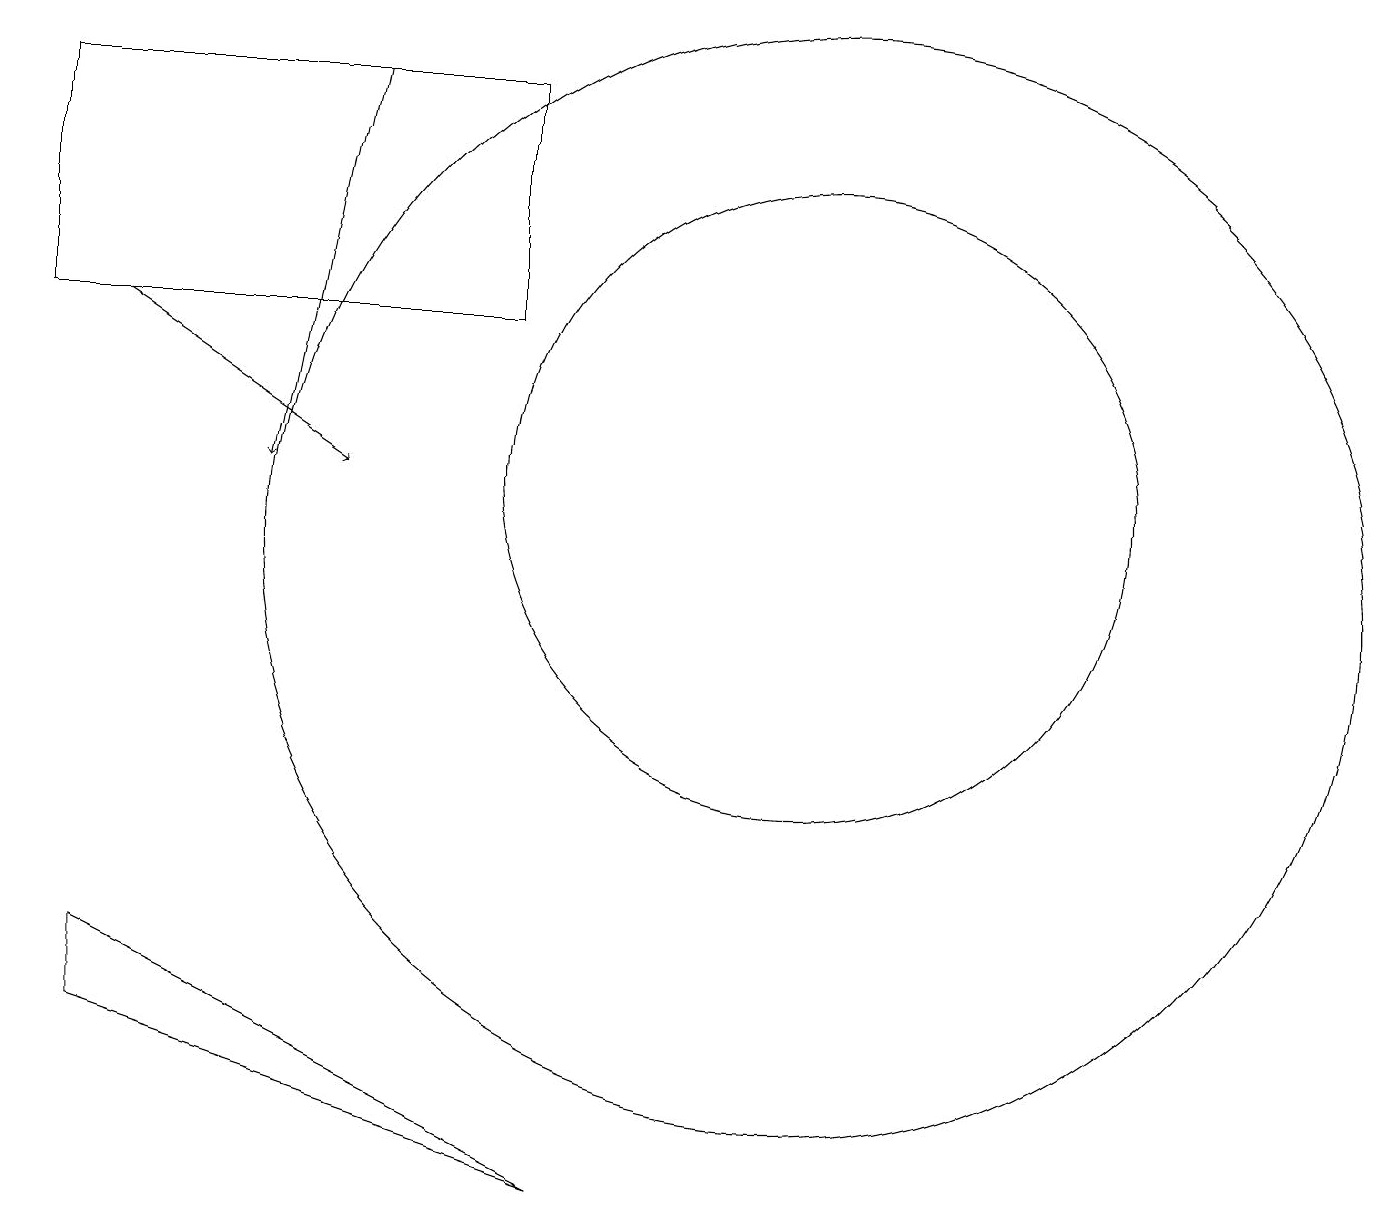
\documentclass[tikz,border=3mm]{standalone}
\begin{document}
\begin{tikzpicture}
\draw[->] (1,14) -- (4,12);
\draw (6,14) rectangle (0,17);
\draw (10,11) circle (7);
\draw (1,6) -- (7,3) -- (1,5) -- cycle;
\draw[->] (4,17) -- (3,12);
\draw (10,12) circle (4);
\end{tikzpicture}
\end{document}